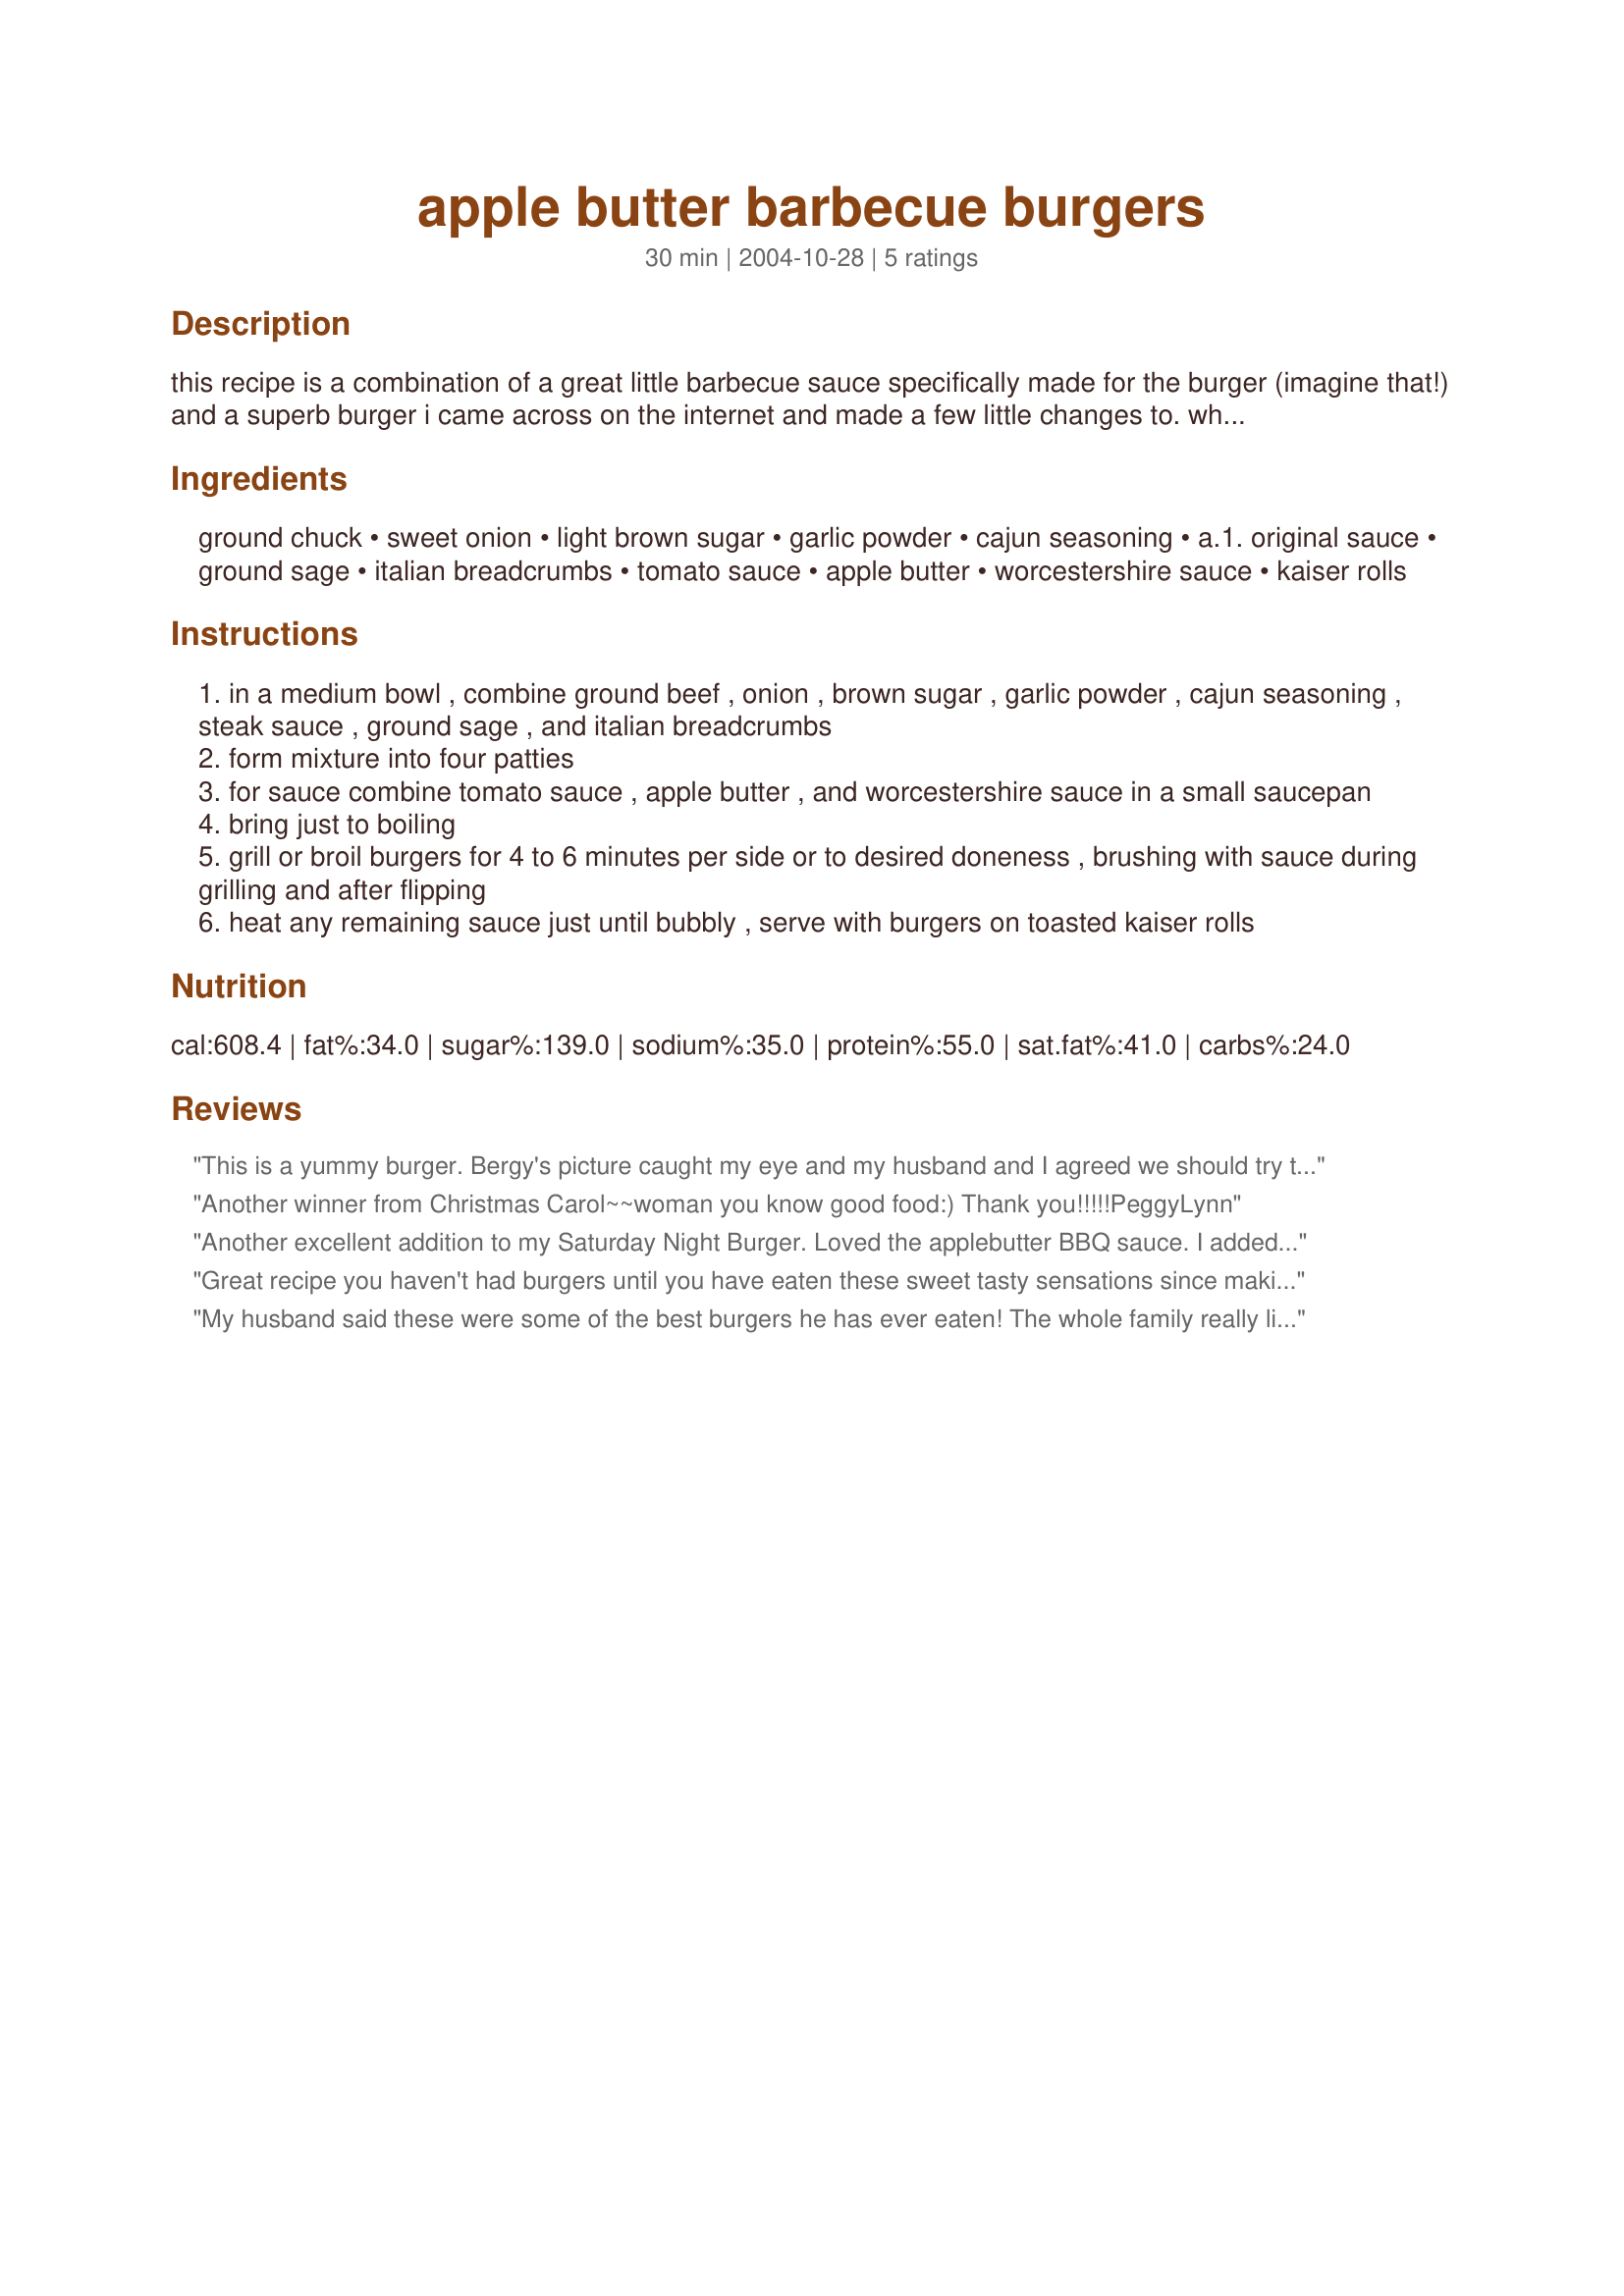
apple butter barbecue burgers
Preparation time: 30 minutes

this recipe is a combination of a great little barbecue sauce specifically made for the burger (imagine that!) and a superb burger i came across on the internet and made a few little changes to. when i first read the ingredients for the sauce i was thinking hmmm... i don't know. but better homes & gardens just knows their stuff! burger fanatic that i am, this heavenly match has become a household favorite.

Ingredients:
ground chuck, sweet onion, light brown sugar, garlic powder, cajun seasoning, a.1. original sauce, ground sage, italian breadcrumbs, tomato sauce, apple butter, worcestershire sauce, kaiser rolls

Steps:
in a medium bowl , combine ground beef , onion , brown sugar , garlic powder , cajun seasoning , steak sauce , ground sage , and italian breadcrumbs
form mixture into four patties
for sauce combine tomato sauce , apple butter , and worcestershire sauce in a small saucepan
bring just to boiling
grill or broil burgers for 4 to 6 minutes per side or to desired doneness , brushing with sauce during grilling and after flipping
heat any remaining sauce just until bubbly , serve with burgers on toasted kaiser rolls

Reviews:
This is a yummy burger. Bergy's picture caught my eye and my husband and I agreed we should try this. Very glad we did. Never thought of using apple butter in a bbq sauce but it works. Thanks for sharing this recipe. I agree, BHG knows its stuff when it comes to burgers.
Another winner from Christmas Carol~~woman you know good food:) Thank you!!!!!PeggyLynn
 Another excellent addition to my Saturday Night Burger. Loved the applebutter BBQ sauce. I added extra slice of onion , tomatoe slices plus cheese on the burger. Served with oven fries, mushrooms and a salad Thanks Christmas Carol I'll be singing your praises
Great recipe you haven't had burgers until you have eaten these sweet tasty sensations since making these for the first time i have not made any other kind,note i omit the bread crumbs never cared for bread in my burger plus they stay together just fine without again truly a GREAT BURGER!!!!!
My husband said these were some of the best burgers he has ever eaten! The whole family really liked them but I personally found them to be a bit TOO sweet. I will definitely make them again but will probably only add about 2 tbsp of brown sugar into the patties. The sauce was awesome and would be tasty on grilled pork chops as well! Definitely a keeper with some adjustments.
